Civil Veterinary Department Bihar & Orissa reports 1922-29 - 1922-1929
Year: 1922
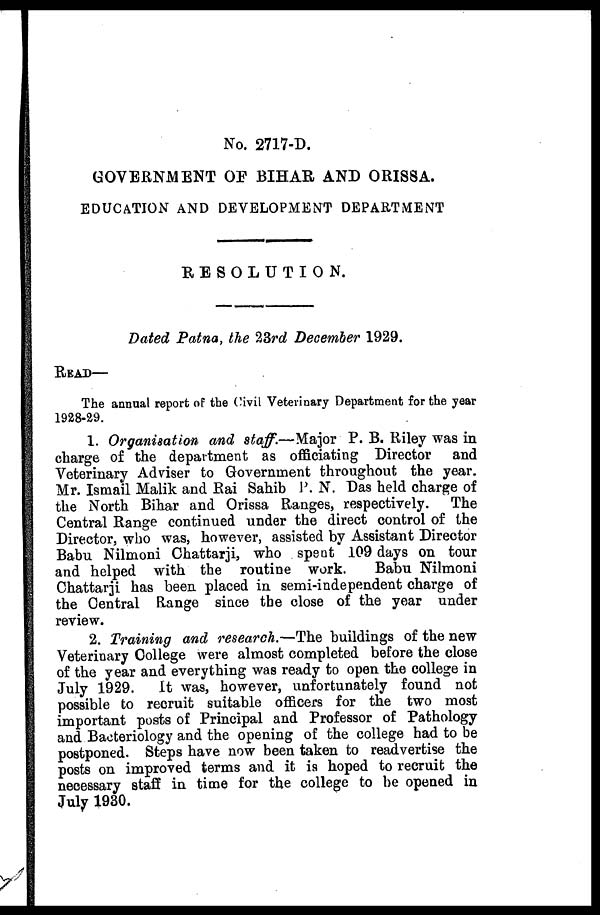
No. 2717-D.
GOVERNMENT OF BIHAR AND ORIS8A.
EDUCATION AND DEVELOPMENT DEPARTMENT
RESOLUTION.
Dated Patna, the 23rd December 1929.
READ—
The annual report of the Civil Veterinary Department for the year
1928-29.
1. Organisation and staff.—Major P. B. Riley was in
charge of the department as officiating Director and
Veterinary Adviser to Government throughout the year.
Mr. Ismail Malik and Rai Sahib P. N. Das held charge of
the North Bihar and Orissa Ranges, respectively. The
Central Range continued under the direct control of the
Director, who was, however, assisted by Assistant Director
Babu Nilmoni Chattarji, who spent 109 days on tour
and helped with the routine work.
Babu Nilmoni
Chattarji has been placed in semi-independent charge of
the Central Range since the close of the year under
review.
2. Training and research.—The buildings of the new
Veterinary College were almost completed before the close
of the year and everything was ready to open the college in
July 1929. It was, however, unfortunately found not
possible to recruit suitable officers for the two most
important posts of Principal and Professor of Pathology
and Bacteriology and the opening of the college had to be
postponed. Steps have now been taken to readvertise the
posts on improved terms and it is hoped to recruit the
necessary staff in time for the college to be opened in
July 1930.